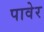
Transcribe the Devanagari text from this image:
पावेर